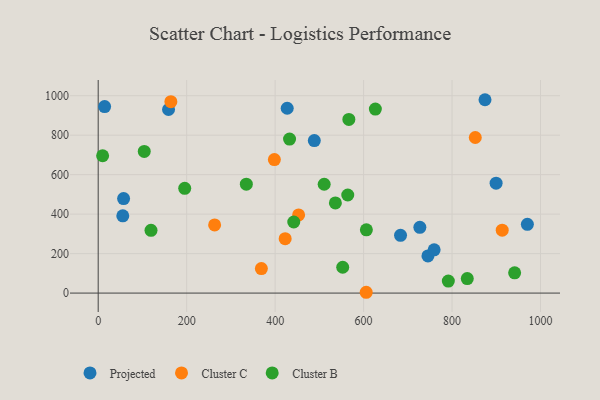
{"axis": {"x": "Experience", "y": "Sales"}, "legend": ["Cluster B", "Cluster C", "Projected"], "data": [{"x": "427.3", "y": 936.3, "type": "Projected"}, {"x": "727.2", "y": 333.4, "type": "Projected"}, {"x": "488.6", "y": 772.6, "type": "Projected"}, {"x": "57.4", "y": 478.9, "type": "Projected"}, {"x": "745.5", "y": 188.5, "type": "Projected"}, {"x": "899.6", "y": 556.9, "type": "Projected"}, {"x": "874.5", "y": 979.6, "type": "Projected"}, {"x": "759.5", "y": 219.3, "type": "Projected"}, {"x": "683.5", "y": 292.6, "type": "Projected"}, {"x": "55.6", "y": 391.6, "type": "Projected"}, {"x": "159.0", "y": 930.1, "type": "Projected"}, {"x": "970.3", "y": 348.3, "type": "Projected"}, {"x": "14.5", "y": 944.8, "type": "Projected"}, {"x": "422.7", "y": 275.7, "type": "Cluster C"}, {"x": "852.5", "y": 788.2, "type": "Cluster C"}, {"x": "164.3", "y": 969.9, "type": "Cluster C"}, {"x": "453.1", "y": 396.0, "type": "Cluster C"}, {"x": "913.4", "y": 318.7, "type": "Cluster C"}, {"x": "605.9", "y": 4.1, "type": "Cluster C"}, {"x": "398.3", "y": 676.2, "type": "Cluster C"}, {"x": "368.9", "y": 124.2, "type": "Cluster C"}, {"x": "263.2", "y": 345.1, "type": "Cluster C"}, {"x": "334.9", "y": 551.9, "type": "Cluster B"}, {"x": "834.4", "y": 73.5, "type": "Cluster B"}, {"x": "626.6", "y": 932.3, "type": "Cluster B"}, {"x": "606.3", "y": 320.6, "type": "Cluster B"}, {"x": "564.2", "y": 496.8, "type": "Cluster B"}, {"x": "536.2", "y": 456.6, "type": "Cluster B"}, {"x": "510.9", "y": 551.5, "type": "Cluster B"}, {"x": "566.7", "y": 879.6, "type": "Cluster B"}, {"x": "791.6", "y": 60.8, "type": "Cluster B"}, {"x": "941.5", "y": 102.8, "type": "Cluster B"}, {"x": "104.1", "y": 717.5, "type": "Cluster B"}, {"x": "119.4", "y": 318.0, "type": "Cluster B"}, {"x": "10.0", "y": 695.8, "type": "Cluster B"}, {"x": "195.6", "y": 530.9, "type": "Cluster B"}, {"x": "552.8", "y": 130.8, "type": "Cluster B"}, {"x": "442.1", "y": 360.2, "type": "Cluster B"}, {"x": "432.6", "y": 780.2, "type": "Cluster B"}]}